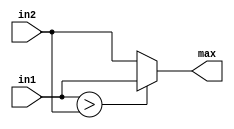
module max #(parameter BIT_WIDTH = 8)(
	input signed[BIT_WIDTH-1:0] in1, in2,
	output signed[BIT_WIDTH-1:0] max
);

// signed comparison
assign max = (in1 > in2) ? in1 : in2;

endmodule